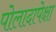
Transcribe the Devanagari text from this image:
पोलादापेक्षा